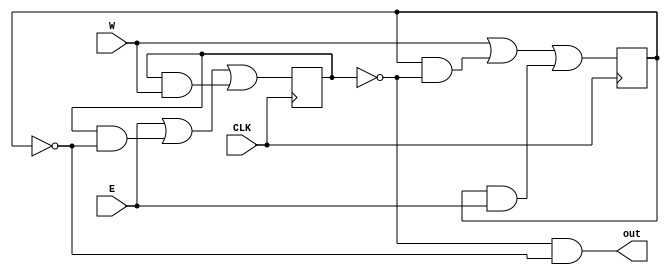
module q6_behavioral(out,E,W,CLK);

	input CLK,E,W;
	output out;
	reg qa, qb;

	initial qa = 0;
	initial qb = 0;

always @(posedge CLK)
	
	
	begin
	qa <= E | (qa & ~qb) | (qa & W);
	qb <= W | (qb & ~qa) | (qb & E);
	
	end
assign out = (~qa) & (~qb);
endmodule